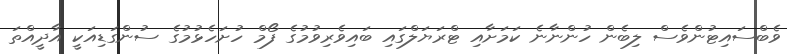
ވެބްސައިޓުންވެސް ލިބެން ހުންނާނެ ކަމަށާއި ޓްރަޔަލްގައި ބައިވެރިވުމުގެ ފޯމް ހުށަހެޅުމުގެ ސުންގަޑިއަކީ އާދީއްތަ